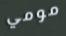
مومي